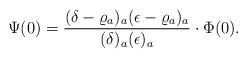
LaTeX: \begin{align*}&\Psi(0)=\frac{(\delta-\varrho_a)_a(\epsilon-\varrho_a)_a}{(\delta)_a(\epsilon)_a}\cdot\Phi(0).\end{align*}